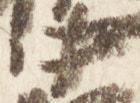
中